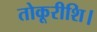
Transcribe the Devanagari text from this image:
तोकूरीशि।